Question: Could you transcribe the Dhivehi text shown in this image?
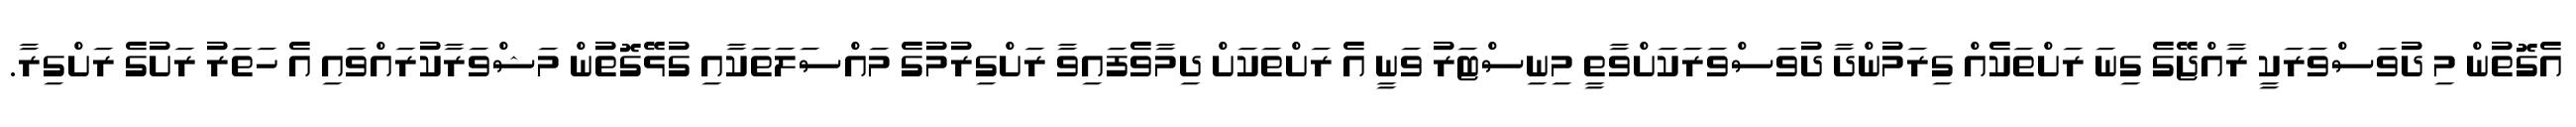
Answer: އެގޮތުން މި ދުވަސްވަރަކީ ރާއްޖޭގެ ގިނަ ރަށްތަކެއް ގިރަމުންދާ ދުވަސްވަރަކަށްވާތީ މިނިސްޓަރު ވަނީ އެ ރަށްތަކަށް ދިމާވެފައިވާ ރަށްގިރުމުގެ މައްސަލަތަކާއި ގުޅޭގޮތުން މަޝްވަރާކުރައްވައި އެ ހަތަރު ރަށުގެ ރަށްގިރާ.